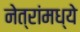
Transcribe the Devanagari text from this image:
नेत्रांमध्ये